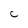
Character: C